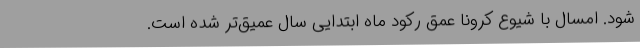
شود. امسال با شیوع کرونا عمق رکود ماه ابتدایی سال عمیق‌تر شده است.